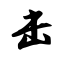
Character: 击